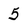
Character: 5